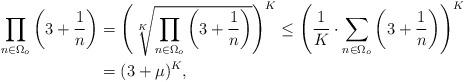
LaTeX: \begin{align*}\prod_{n \in \Omega_o} \left(3+\frac{1}{n}\right) &= \left(\sqrt[K]{\prod_{n \in \Omega_o} \left(3+\frac{1}{n}\right)}\right)^K \leq \left(\frac{1}{K} \cdot \sum_{n \in \Omega_o} \left(3+\frac{1}{n}\right) \right)^K\\&= (3+\mu)^K, \end{align*}